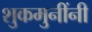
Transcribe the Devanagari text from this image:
शुकमुनींनी